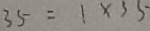
3 5 = 1 \times 3 5